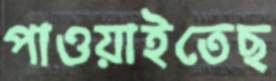
পাওয়াইতেছ